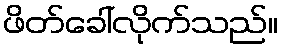
ဖိတ်ခေါ်လိုက်သည်။